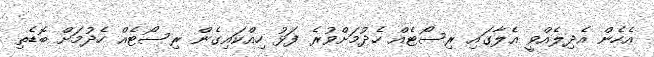
އެހެން އެދިލެއްވީ އެލާގައި ރިސޯޓެއް ހެދުމަށްވުރެ ފަޅު ހިއްކައިގެން ރިސޯޓެއް ހެދުމަށް ބޮޑެތި